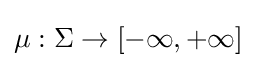
\mu :\Sigma \to [-\infty ,+\infty ]